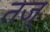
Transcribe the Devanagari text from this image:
तज्